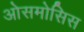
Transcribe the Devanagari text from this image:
ओसमोसिस